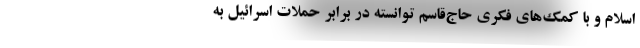
اسلام و با کمک‌های فکری حاج‌قاسم توانسته در برابر حملات اسرائیل به